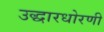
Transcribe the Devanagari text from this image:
उद्धारधोरणी